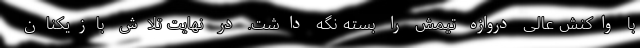
با واکنش عالی دروازه تیمش را بسته نگه داشت. در نهایت تلاش بازیکنان